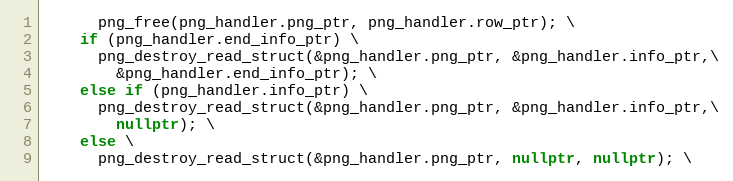
Language: C++
      png_free(png_handler.png_ptr, png_handler.row_ptr); \
    if (png_handler.end_info_ptr) \
      png_destroy_read_struct(&png_handler.png_ptr, &png_handler.info_ptr,\
        &png_handler.end_info_ptr); \
    else if (png_handler.info_ptr) \
      png_destroy_read_struct(&png_handler.png_ptr, &png_handler.info_ptr,\
        nullptr); \
    else \
      png_destroy_read_struct(&png_handler.png_ptr, nullptr, nullptr); \